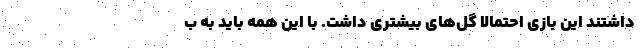
داشتند این بازی احتمالاً گل‌های بیشتری داشت. با این همه باید به ب